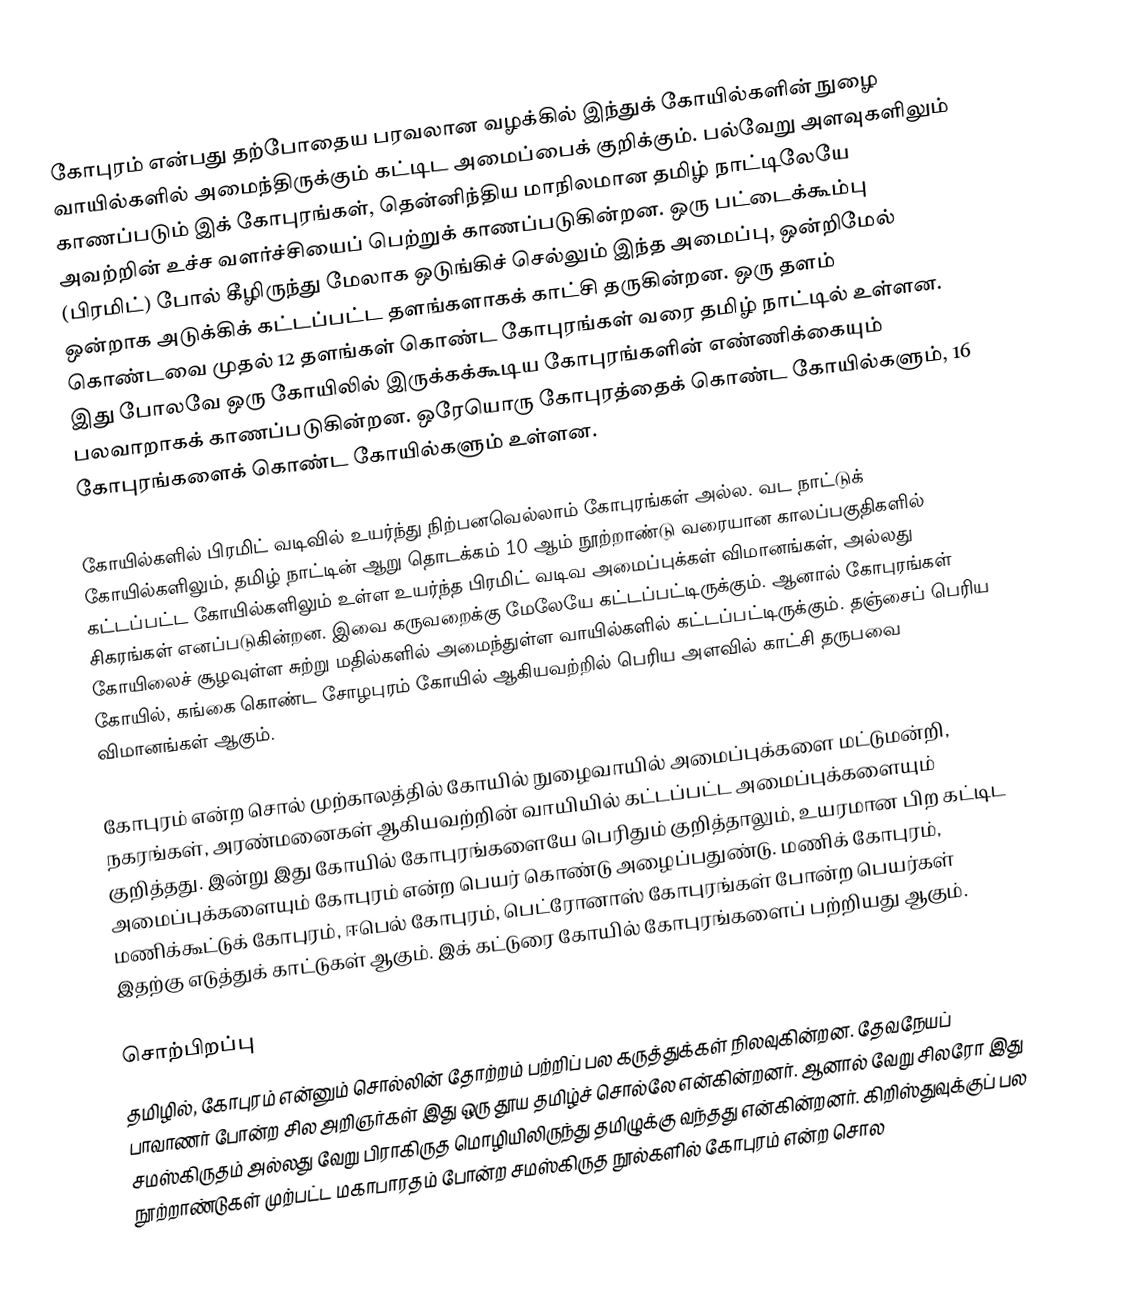
கோபுரம் என்பது தற்போதைய பரவலான வழக்கில் இந்துக் கோயில்களின் நுழை வாயில்களில் அமைந்திருக்கும் கட்டிட அமைப்பைக் குறிக்கும். பல்வேறு அளவுகளிலும் காணப்படும் இக் கோபுரங்கள், தென்னிந்திய மாநிலமான தமிழ் நாட்டிலேயே அவற்றின் உச்ச வளர்ச்சியைப் பெற்றுக் காணப்படுகின்றன. ஒரு பட்டைக்கூம்பு (பிரமிட்) போல் கீழிருந்து மேலாக ஒடுங்கிச் செல்லும் இந்த அமைப்பு, ஒன்றிமேல் ஒன்றாக அடுக்கிக் கட்டப்பட்ட தளங்களாகக் காட்சி தருகின்றன. ஒரு தளம் கொண்டவை முதல் 12 தளங்கள் கொண்ட கோபுரங்கள் வரை தமிழ் நாட்டில் உள்ளன. இது போலவே ஒரு கோயிலில் இருக்கக்கூடிய கோபுரங்களின் எண்ணிக்கையும் பலவாறாகக் காணப்படுகின்றன. ஒரேயொரு கோபுரத்தைக் கொண்ட கோயில்களும், 16 கோபுரங்களைக் கொண்ட கோயில்களும் உள்ளன.

கோயில்களில் பிரமிட் வடிவில் உயர்ந்து நிற்பனவெல்லாம் கோபுரங்கள் அல்ல. வட நாட்டுக் கோயில்களிலும், தமிழ் நாட்டின் ஆறு தொடக்கம் 10 ஆம் நூற்றாண்டு வரையான காலப்பகுதிகளில் கட்டப்பட்ட கோயில்களிலும் உள்ள உயர்ந்த பிரமிட் வடிவ அமைப்புக்கள் விமானங்கள், அல்லது சிகரங்கள் எனப்படுகின்றன. இவை கருவறைக்கு மேலேயே கட்டப்பட்டிருக்கும். ஆனால் கோபுரங்கள் கோயிலைச் சூழவுள்ள சுற்று மதில்களில் அமைந்துள்ள வாயில்களில் கட்டப்பட்டிருக்கும். தஞ்சைப் பெரிய கோயில், கங்கை கொண்ட சோழபுரம் கோயில் ஆகியவற்றில் பெரிய அளவில் காட்சி தருபவை விமானங்கள் ஆகும்.

கோபுரம் என்ற சொல் முற்காலத்தில் கோயில் நுழைவாயில் அமைப்புக்களை மட்டுமன்றி, நகரங்கள், அரண்மனைகள் ஆகியவற்றின் வாயியில் கட்டப்பட்ட அமைப்புக்களையும் குறித்தது. இன்று இது கோயில் கோபுரங்களையே பெரிதும் குறித்தாலும், உயரமான பிற கட்டிட அமைப்புக்களையும் கோபுரம் என்ற பெயர் கொண்டு அழைப்பதுண்டு. மணிக் கோபுரம், மணிக்கூட்டுக் கோபுரம், ஈபெல் கோபுரம், பெட்ரோனாஸ் கோபுரங்கள் போன்ற பெயர்கள் இதற்கு எடுத்துக் காட்டுகள் ஆகும். இக் கட்டுரை கோயில் கோபுரங்களைப் பற்றியது ஆகும்.

சொற்பிறப்பு
தமிழில், கோபுரம் என்னும் சொல்லின் தோற்றம் பற்றிப் பல கருத்துக்கள் நிலவுகின்றன. தேவநேயப் பாவாணர் போன்ற சில அறிஞர்கள் இது ஒரு தூய தமிழ்ச் சொல்லே என்கின்றனர். ஆனால் வேறு சிலரோ இது சமஸ்கிருதம் அல்லது வேறு பிராகிருத மொழியிலிருந்து தமிழுக்கு வந்தது என்கின்றனர். கிறிஸ்துவுக்குப் பல நூற்றாண்டுகள் முற்பட்ட மகாபாரதம் போன்ற சமஸ்கிருத நூல்களில் கோபுரம் என்ற சொல